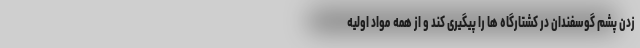
زدن پشم گوسفندان در کشتارگاه ها را پیگیری کند و از همه مواد اولیه